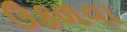
ઉકળવા